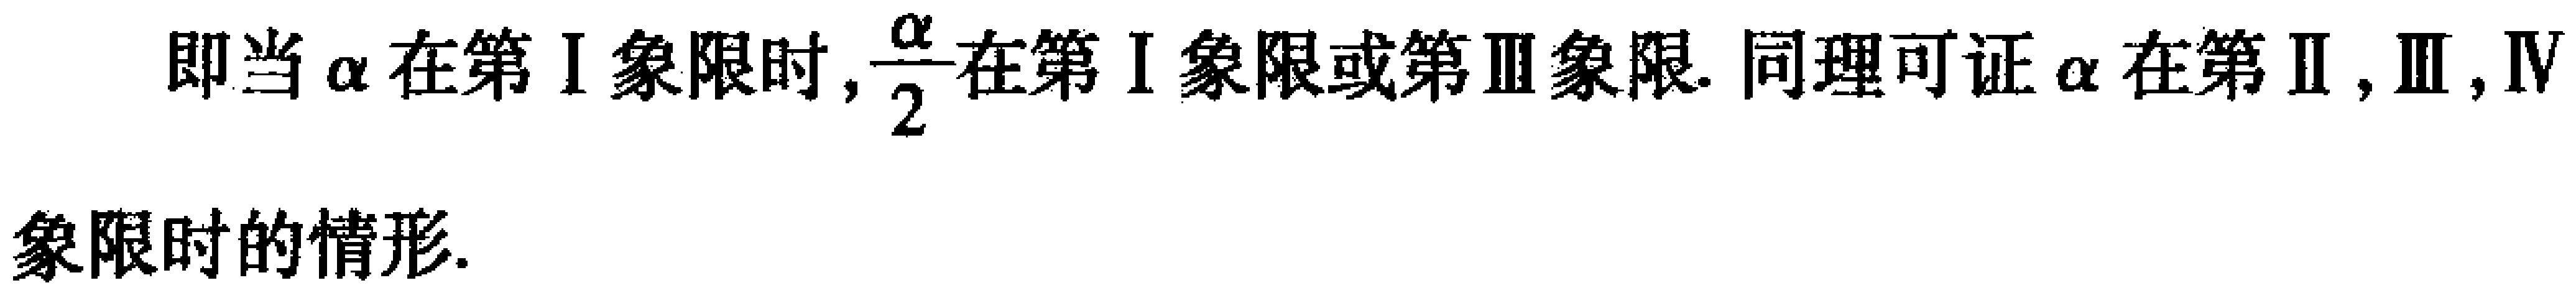
即当$\alpha$在第I象限时,$\frac{\alpha}{2}$在第I象限或第III象限. 同理可证$\alpha$在第II,III,IV象限时的情形.